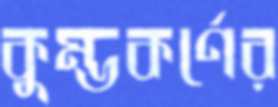
কুম্ভকর্ণের